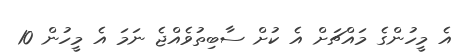
އެ މީހުންގެ މައްޗަށް އެ ކުށް ސާބިތުވެއްޖެ ނަމަ އެ މީހުން 10